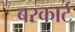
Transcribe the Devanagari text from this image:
बरकार्ट